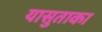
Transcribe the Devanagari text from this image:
यासुताका